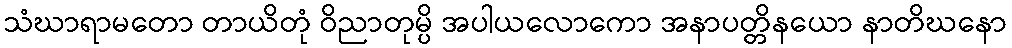
သံဃာရာမတော တာယိတုံ ဝိညာတုမ္ပိ အပါယလောကော အနာပတ္တိနယော နာတိဃနော